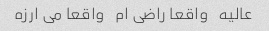
عالیه   واقعا راضی ام   واقعا می ارزه